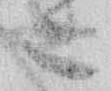
こ